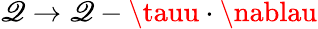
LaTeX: \mathscr{Q}\to\mathscr{Q}-\tauu\cdot\nablau